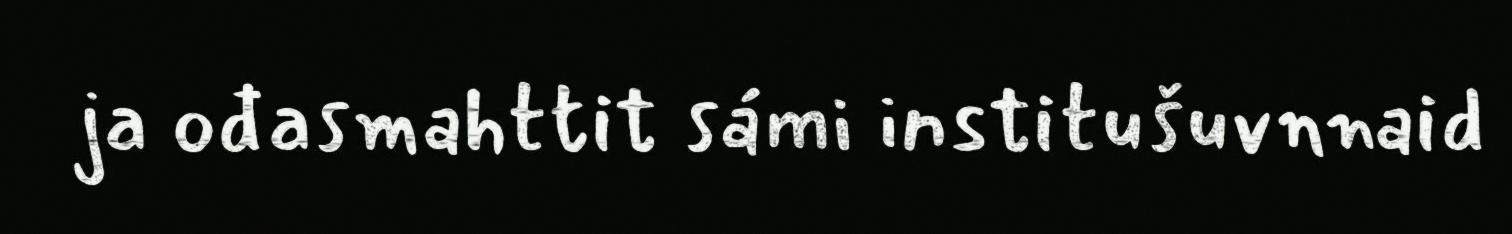
ja ođasmahttit sámi institušuvnnaid